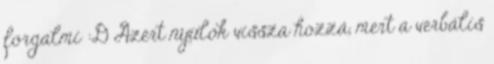
forgalmi :D Azért nyúlok vissza hozzá, mert a verbális